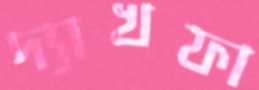
দ্যাখফা